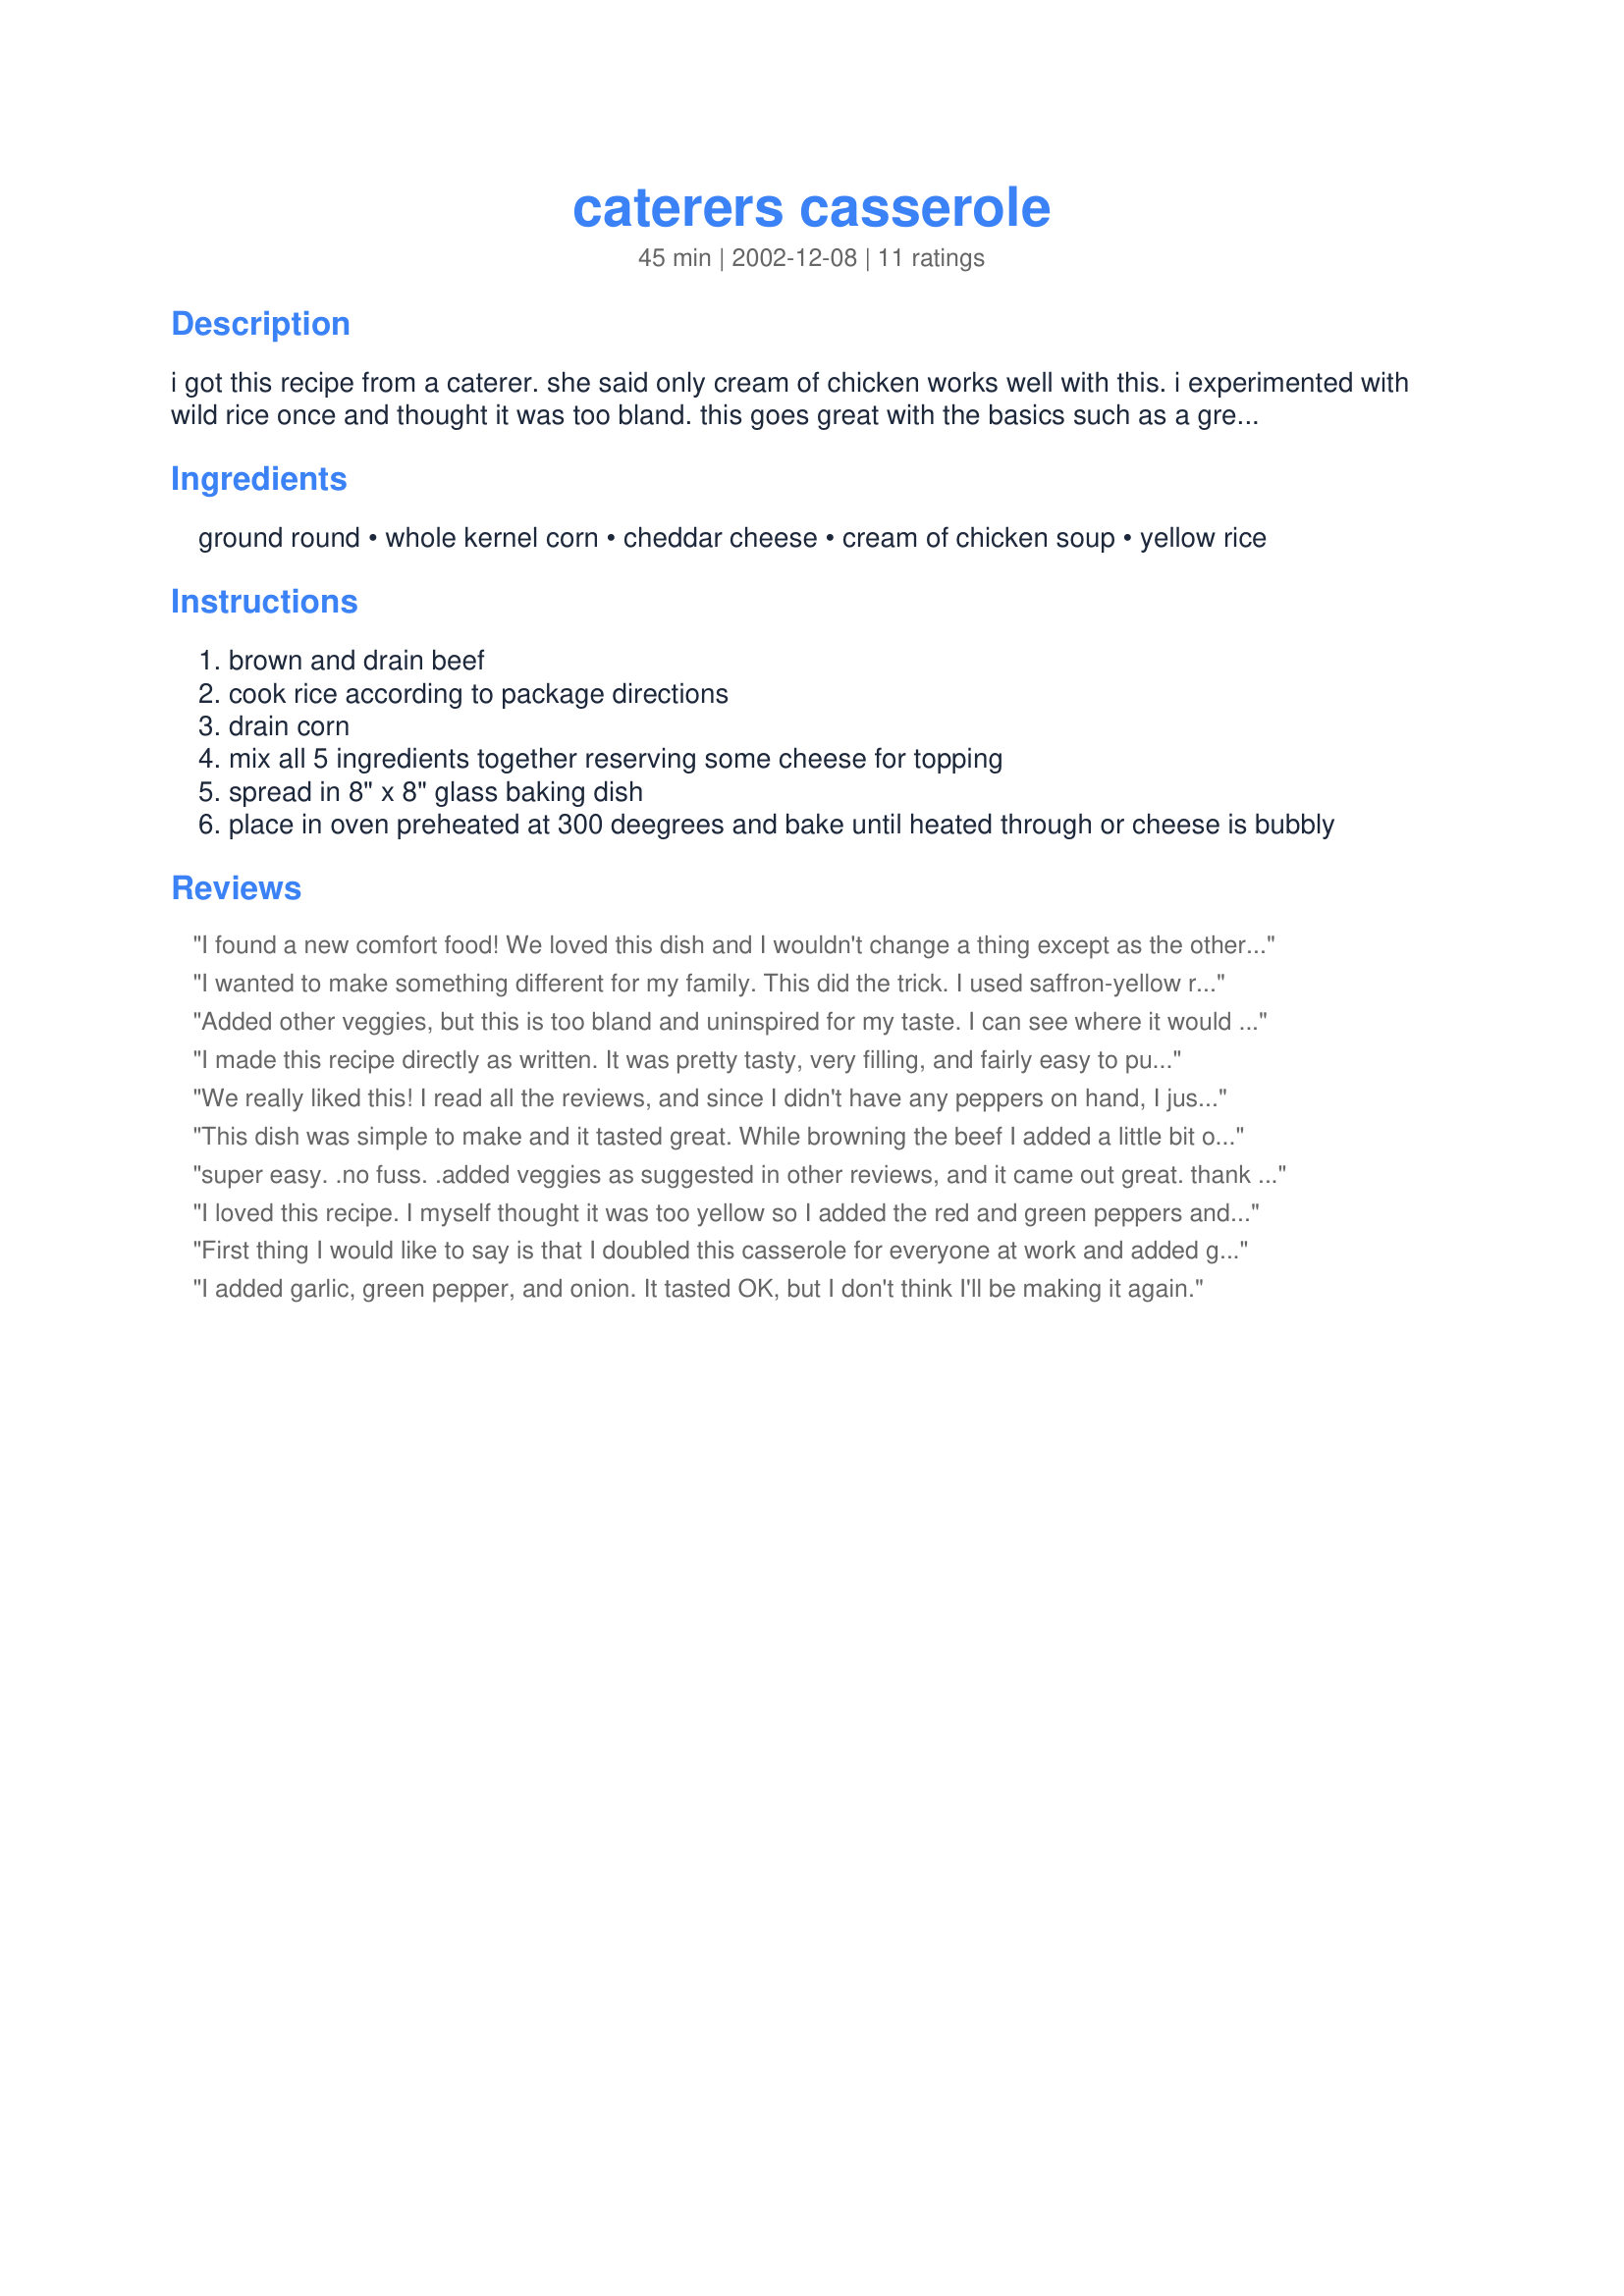
caterers casserole
Preparation time: 45 minutes

i got this recipe from a caterer. she said only cream of chicken works well with this. i experimented with wild rice once and thought it was too bland. this goes great with the basics such as a green salad and hot rolls. prep time includes cooking meat and rice simultaneously.

Ingredients:
ground round, whole kernel corn, cheddar cheese, cream of chicken soup, yellow rice

Steps:
brown and drain beef
cook rice according to package directions
drain corn
mix all 5 ingredients together reserving some cheese for topping
spread in 8" x 8" glass baking dish
place in oven preheated at 300 deegrees and bake until heated through or cheese is bubbly

Reviews:
I found a new comfort food! We loved this dish and I wouldn't change a thing except as the others have said, I probably would add some red and green peppers (or maybe some parsley) just for some color when serving it to guests. We loved the flavor and I can't wait to make it again. Thanks for sharing, Lynn13.
I wanted to make something different for my family. This did the trick. I used saffron-yellow rice and also added some garlic powder, chopped up red/green bell peppers and some onion. The taste was mild,but still flavorful, and yet my daughter and husband liked it. (Especially my hubby. He had 3rds!) It was a nice change from pasta casseroles! However, I used a little too much cheese for my taste and should have turned up the heat, but that's MY fault. Not the recipe! Thanks for this wonderful addition!
Added other veggies, but this is too bland and uninspired for my taste. I can see where it would be a crowd pleaser and a good way to stretch a buffet. Good and easy last minute effort, but don't make it for dinner in my opinion
I made this recipe directly as written. It was pretty tasty, very filling, and fairly easy to put together. I don't think it would be something i'd serve to company, but it worked well for me and DH.
We really liked this! I read all the reviews, and since I didn't have any peppers on hand, I just used a bit of garlic powder and onion salt. Turned out great and EVERYONE had seconds. Hubby and I went back for more later that night too. ^^ Thanks for a really easy and filling meal!
This dish was simple to make and it tasted great. While browning the beef I added a little bit of red and green bell peppers for color along with a small onion. I did however forget the corn but my results still came out great. This recipe is a keeper. Thanks for sharing!
super easy. .no fuss. .added veggies as suggested in other reviews, and it came out great. thank you.
I loved this recipe. I myself thought it was too yellow so I added the red and green peppers and well just for some color. This dish went fast at a family Sunday dinner potluck. Thanks for the recipe.
First thing I would like to say is that I doubled this casserole for everyone at work and added garlic powder to the beef while browning. I assembled it according to directions, and looked at it and said "OMG it's just YELLOW!!". BORING LOOKING! I probably would have passed it up at the buffet table (BUT it tasted good). So for "eye" appeal, I quickly sauteed coarsely chopped red and green peppers, wedged onion chunks and sliced baby portabellos. I then tossed it in the prepped casserole with an 8 oz carton of sour cream, and baked as directed. Well, the color just added something to the dish, that had tasted great before. My coworkers devoured this dish in no time flat!I will definitely make this again.
I added garlic, green pepper, and onion. It tasted OK, but I don't think I'll be making it again.
Easy meal with good flavor. I used ground turkey instead of beef. Served with green veggies to offset the color:-)<br/><br/>Thanks for posting!!
